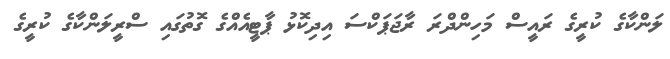
ލަންކާގެ ކުރީގެ ރައީސް މަހިންދްރަ ރާޖަޕަކްސަ އިދިކޮޅު ޕާޓީއެއްގެ ގޮތުގައި ސްރީލަންކާގެ ކުރީގެ